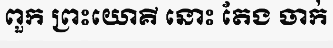
ពួក ព្រះយោគី នោះ តែង ចាក់